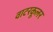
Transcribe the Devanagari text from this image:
वाटरकूलर